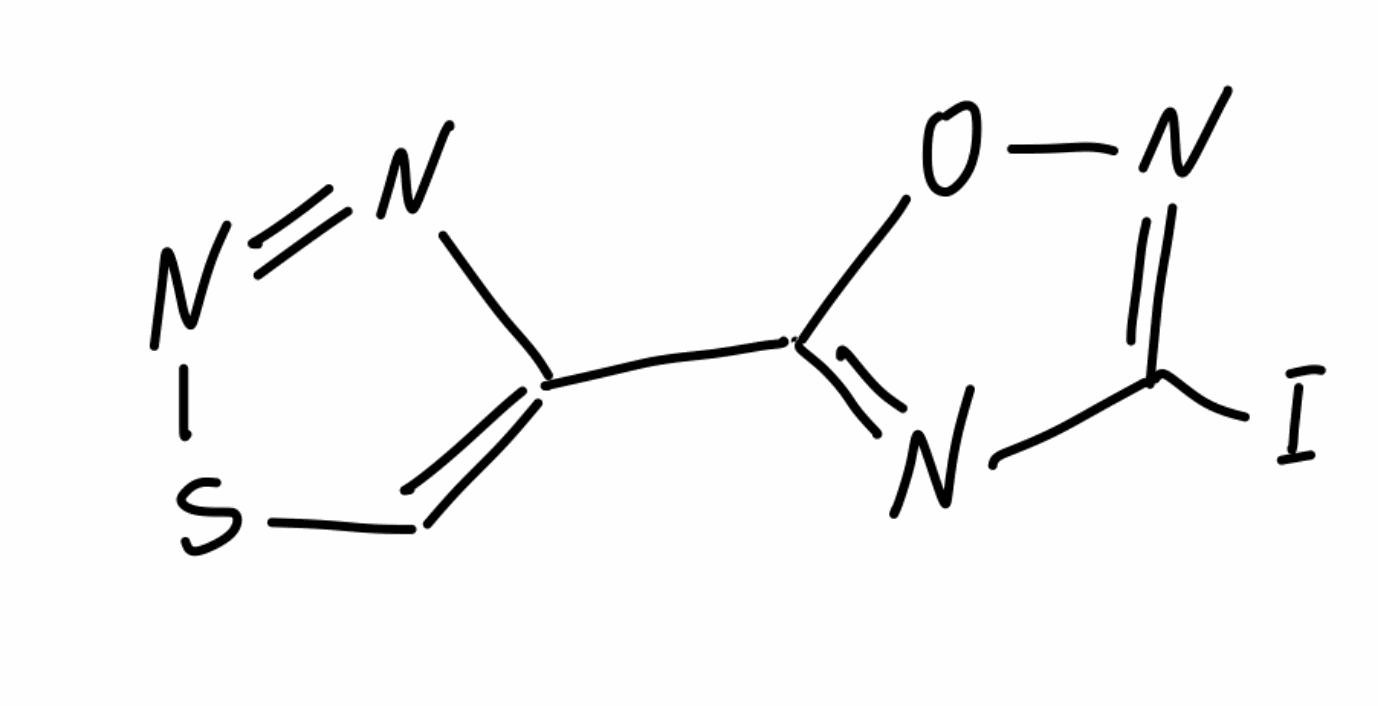
Simplified molecular-input line-entry system (SMILES) notation of the given molecule:
C1=C(N=NS1)C2=NC(=NO2)I